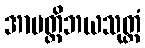
အာပတ္တိဘယသုတ္တံ